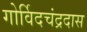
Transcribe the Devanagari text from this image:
गोर्विदचंद्रदास